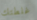
غلطتك